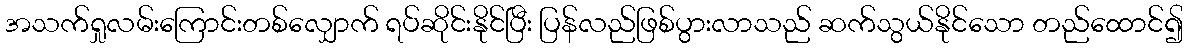
အသက်ရှုလမ်းကြောင်းတစ်လျှောက် ရပ်ဆိုင်းနိုင်ပြီး ပြန်လည်ဖြစ်ပွားလာသည် ဆက်သွယ်နိုင်သော တည်ထောင်၍